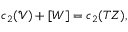
c _ { 2 } ( \mathcal { V } ) + [ W ] = c _ { 2 } ( T Z ) ,